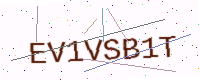
Text: EV1VSB1T